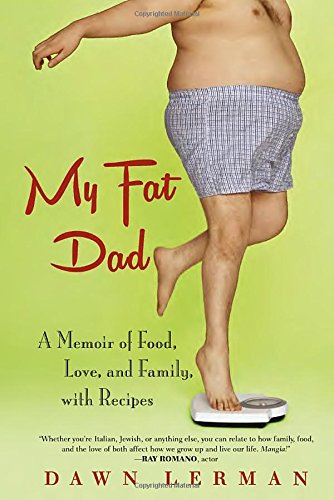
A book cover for My Fat Dad: A Memoir of Food, Love, and Family, with Recipes; Dawn Lerman; Cookbooks, Food & Wine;